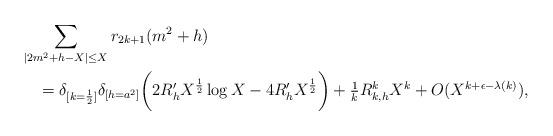
LaTeX: \begin{align*} &\sum_{\lvert 2m^2 + h - X \rvert \leq X} r_{2k+1}(m^2 + h) \\ &\quad= \delta_{[k = \frac{1}{2}]} \delta_{[h = a^2]} \bigg( 2 R'_h X^{\frac{1}{2}} \log X -4 R'_h X^{\frac{1}{2}} \bigg) + \tfrac{1}{k} R_{k, h}^k X^{k} + O(X^{k +\epsilon - \lambda(k)}), \end{align*}